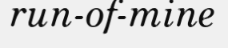
run-of-mine